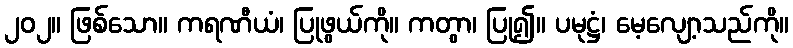
၂၀၂။ ဖြစ်သော။ ကရဏီယံ၊ ပြုဖွယ်ကို။ ကတွာ၊ ပြု၍။ ပမုဋ္ဌံ၊ မေ့လျော့သည်ကို။